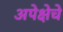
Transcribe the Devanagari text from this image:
अपेक्षेचे